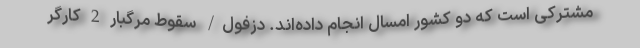
مشترکی است که دو کشور امسال انجام داده‌اند. دزفول/ سقوط مرگبار 2 کارگر